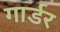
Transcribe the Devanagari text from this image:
गार्डर